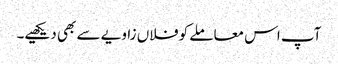
آپ اس معاملے کو فلاں زاویے سے بھی دیکھیے۔